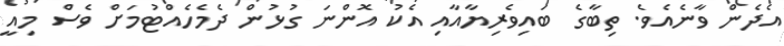
އެދެން ވާނެއެވެ. ތިބާގެ ބައިވެރިޔާއާއި އެކު އޮންނަ ގުޅުން ދެމެހެއްޓުމަށް ވެސް މިއީ